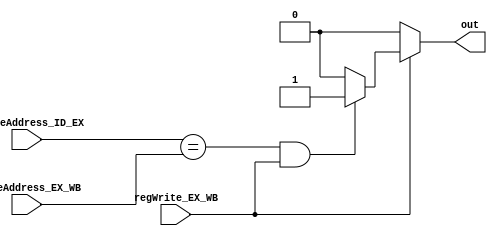
`timescale 1ns / 1ps
//////////////////////////////////////////////////////////////////////////////////
// Company: 
// Engineer: 
// 
// Design Name: 
// Module Name: Forwarding_unit
// Project Name: 
// Target Devices: 
// Tool Versions: 
// Description: 
// 
// Dependencies: 
// 
// Revision:
// Revision 0.01 - File Created
// Additional Comments:
// 
//////////////////////////////////////////////////////////////////////////////////


module Forwarding_unit(
      input [2:0] sourceAddress_ID_EX, writeAddress_EX_WB,
      input regWrite_EX_WB,
      output reg out
       
    );
    
    always@(*)
    begin 
      if(regWrite_EX_WB == 0)
        out = 0;
      else if ((sourceAddress_ID_EX == writeAddress_EX_WB) && (regWrite_EX_WB == 1))
         out = 1;
      else 
        out = 0; 
    end 
endmodule